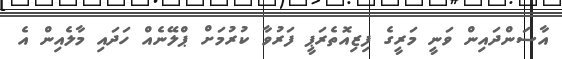
އާސަންދައިން ވަނީ މަރީގެ ފިޒިއޮތެރަޕީ ފަރުވާ ކުރުމަށް ޕްލޭނެއް ހަދައި މާލެއިން އެ